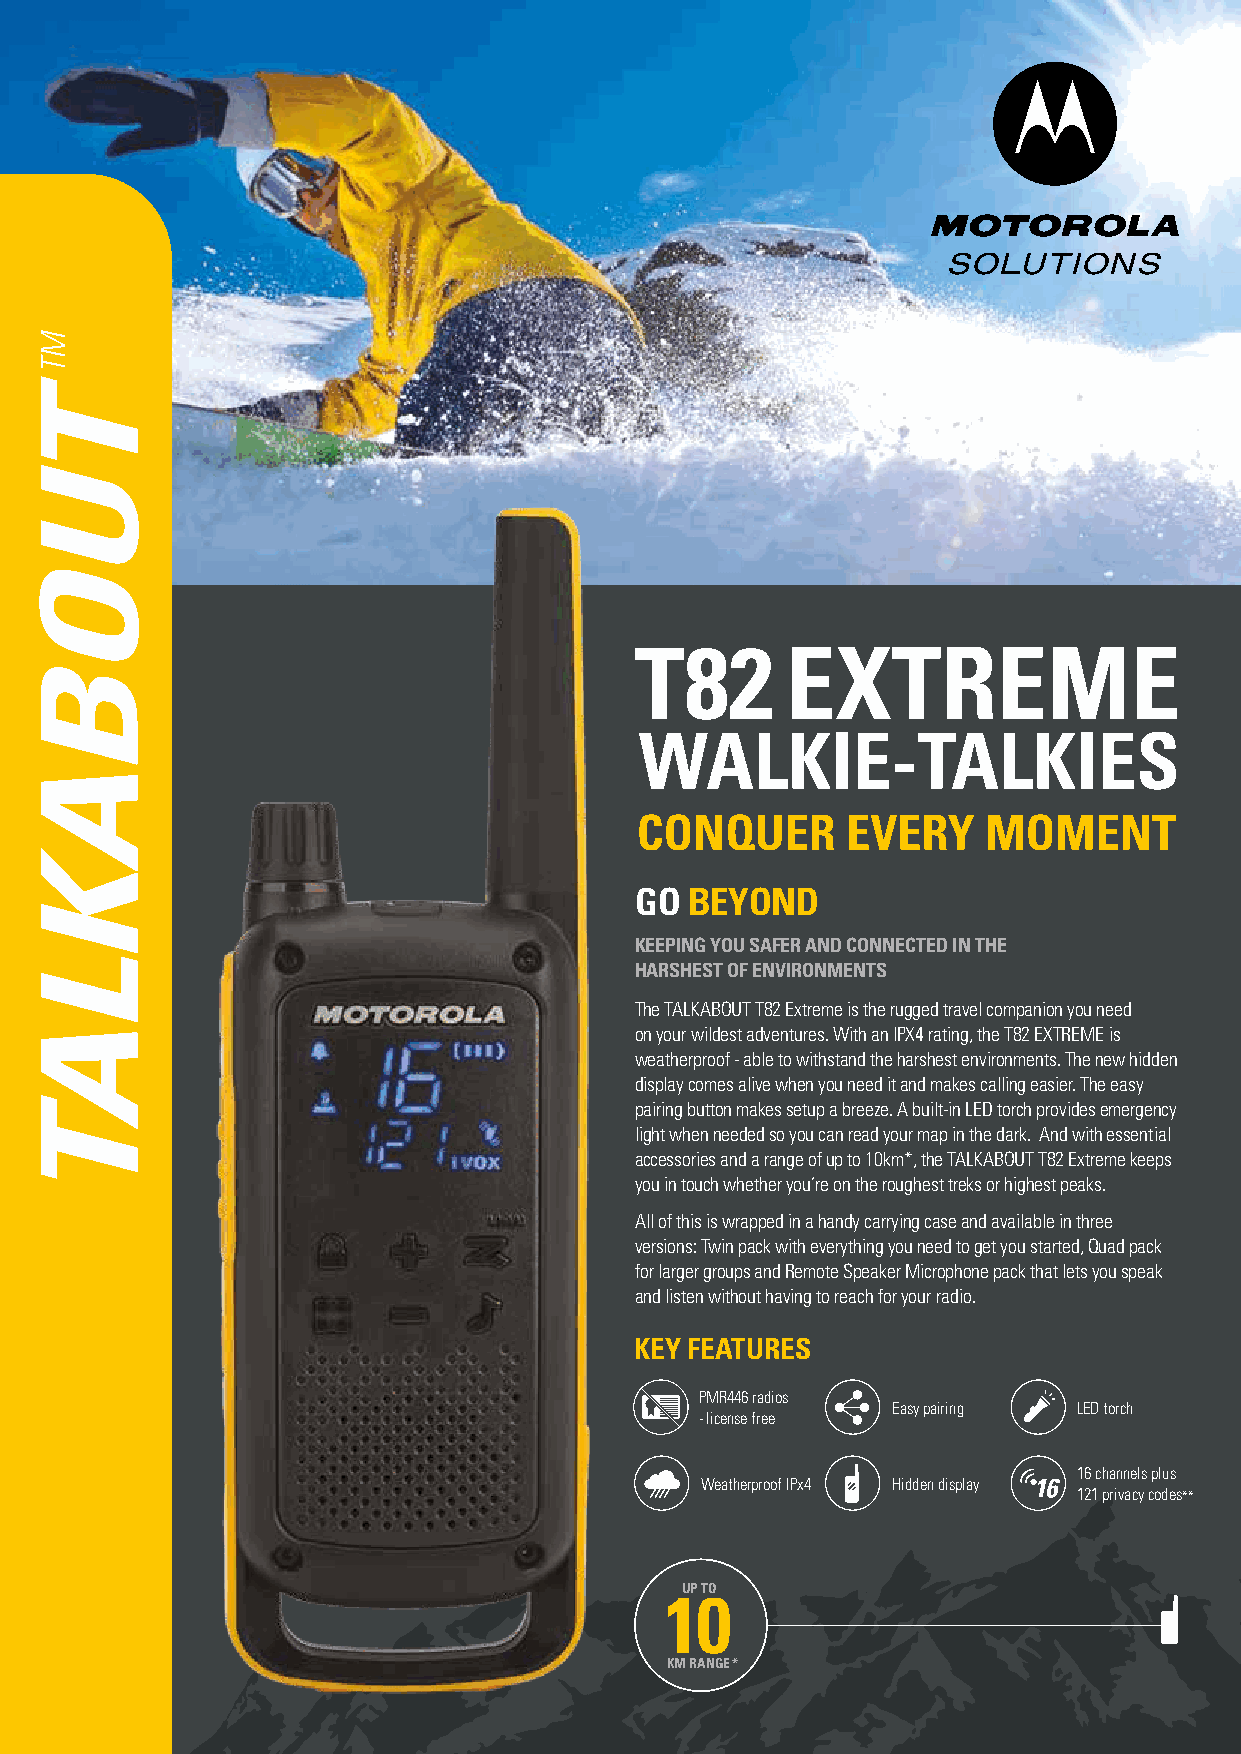
GO  BEYOND
 KEEPING YOU SAFER AND CONNECTED IN THE
 HARSHEST OF ENVIRONMENTS
 The TALKABOUT T82 Extreme is the rugged travel companion you need
 on your wildest adventures. With an IPX4 rating, the T82 EXTREME is
 weatherproof - able to withstand the harshest environments. The new hidden
 display comes alive when you need it and makes calling easier. The easy
 pairing button makes setup a breeze. A built-in LED torch provides emergency
 light when needed so you can read your map in the dark. And with essential
 accessories and a range of up to 10km*, the TALKABOUT T82 Extreme keeps
 you in touch whether you’re on the roughest treks or highest peaks.
 All of this is wrapped in a handy carrying case and available in three
 versions: Twin pack with everything you need to get you started, Quad pack
 for larger groups and Remote Speaker Microphone pack that lets you speak
 and listen without having to reach for your radio.
 KEY FEATURES
 PMR446 radios
 Easy pairing LED torch
 - license free
 16 channels plus
 Weatherproof IPx4 Hidden display
 121 privacy codes**
 UP TO
 KM RANGE*